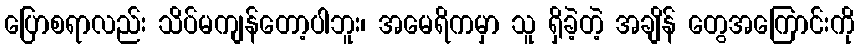
ပြောစရာလည်း သိပ်မကျန်တော့ပါဘူး၊ အမေရိကမှာ သူ ရှိခဲ့တဲ့ အချိန် တွေအကြောင်းကို